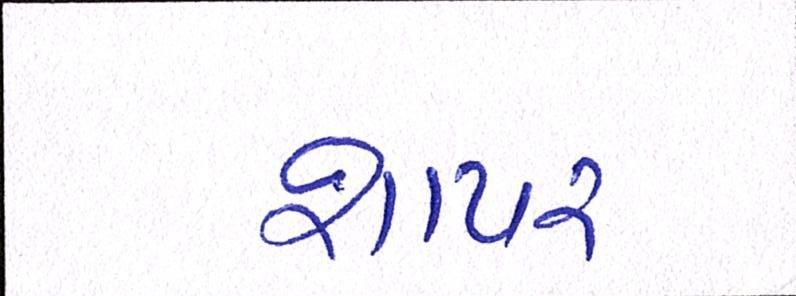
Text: શાયર